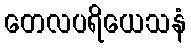
တေလပရိယေသနံ